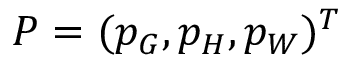
P = ( p _ { G } , p _ { H } , p _ { W } ) ^ { T }